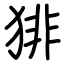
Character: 猅